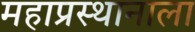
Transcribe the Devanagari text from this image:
महाप्रस्थानाला